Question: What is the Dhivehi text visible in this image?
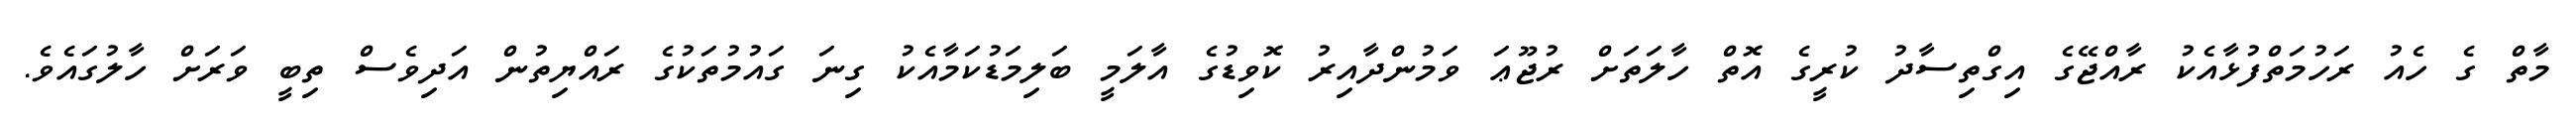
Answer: މާތް ގެ ހެއު ރަހުމަތްފުޅާއެކު ރާއްޖޭގެ އިގްތިސާދު ކުރީގެ އޮތް ހާލަތަށް ރުޖޫޢަ ވަމުންދާއިރު ކޮވިޑުގެ އާލަމީ ބަލިމަޑުކަމާއެކު ގިނަ ގައުމުތަކުގެ ރައްޔިތުން އަދިވެސް ތިބީ ވަރަށް ހާލުގައެވެ.